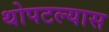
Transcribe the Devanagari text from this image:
थोपटल्यास